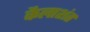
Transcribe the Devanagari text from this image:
कैलाशंत